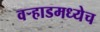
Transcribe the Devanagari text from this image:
वर्‍हाडमध्येच